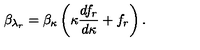
\beta _ { \lambda _ { r } } = \beta _ { \kappa } \left( \kappa \frac { d f _ { r } } { d \kappa } + f _ { r } \right) .